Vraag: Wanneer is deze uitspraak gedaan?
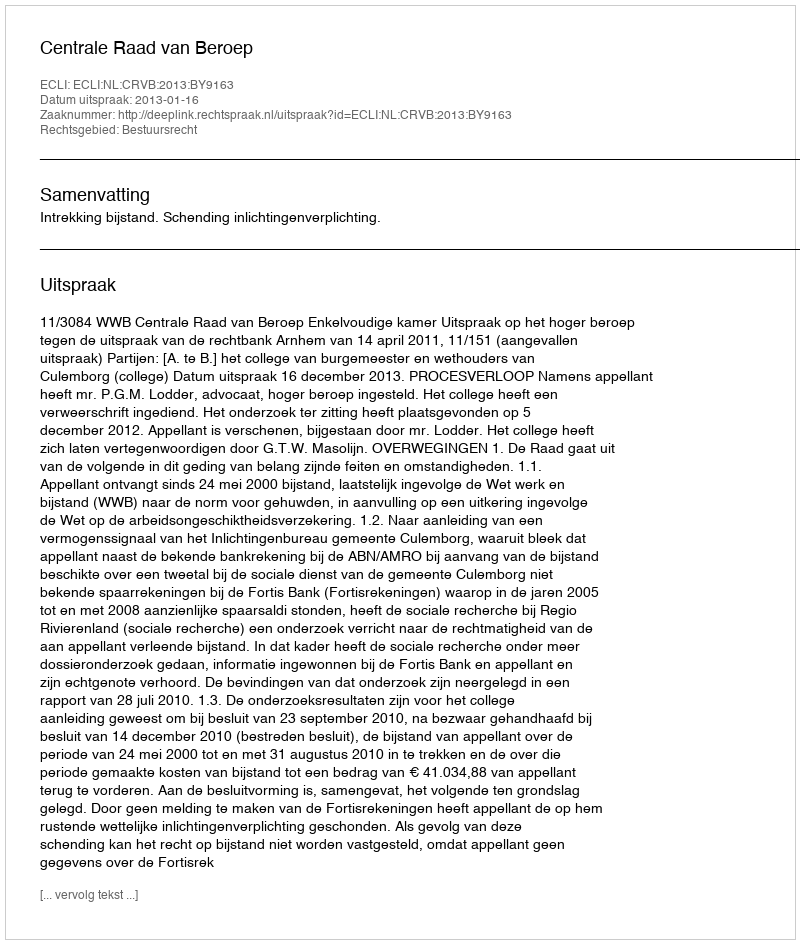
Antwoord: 2013-01-16